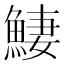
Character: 𩸸